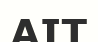
АІТ